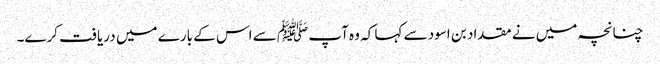
چنانچہ میں نے مقداد بن اسود سے کہا کہ وہ آپ ﷺ سے اس کے بارے میں دریافت کرے۔